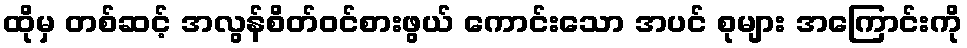
ထိုမှ တစ်ဆင့် အလွန်စိတ်ဝင်စားဖွယ် ကောင်းသော အပင် စုများ အကြောင်းကို